Civil Veterinary Department Bihar & Orissa reports 1911-21 - 1911-1921
Year: 1911
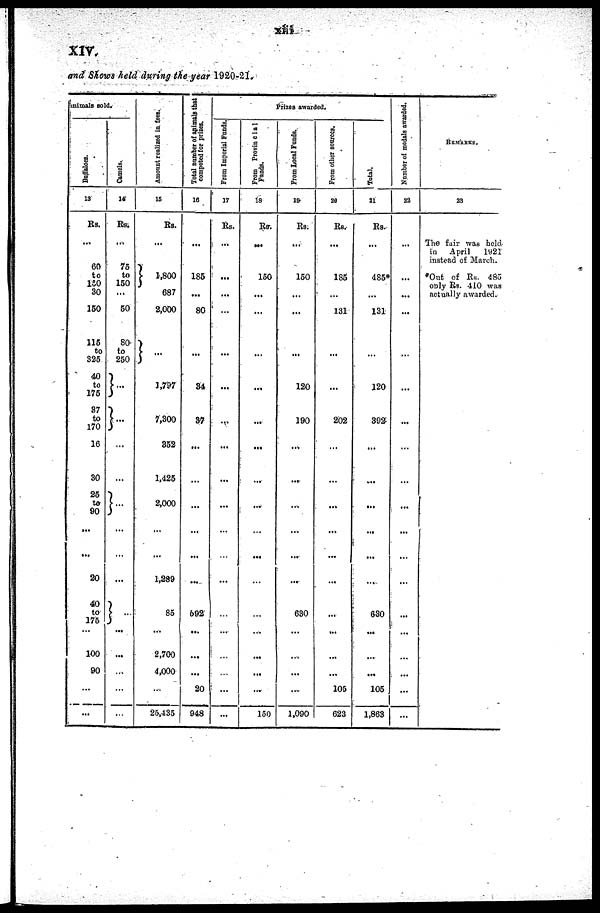
xiii
XIV.
and Shows held during the year 1920-21.
animals sold.
Buffaloes.
13
Rs.
...
60
to
150
30
150
116
to
325
40
to
175
87
to
170
16
30
25
to
90
...
...
20
40
to
176
100
90
...
...
Camels.
14
Rs.
...
75
to
150
...
50
80
to
250
...
...
...
...
...
...
...
...
...
...
...
...
...
...
Amount realized in fees.
15
Rs.
...
...
1,800
687
2,000
...
...
1,707
7,300
852
1,425
2,000
...
...
1,289
85
...
2,700
4,000
...
25,435
Total number of animals that
competed for prizes.
16
...
...
185
...
80
...
84
87
...
...
...
...
...
592
...
...
...
20
948
Prizes awarded.
Prom Imperial Funds.
17
Rs.
...
...
...
...
...
...
...
...
...
...
...
...
...
...
...
...
...
...
From Provincial
Funds.
18
Rs.
...
...
150
...
...
...
...
...
...
...
...
...
...
...
...
...
...
...
...
150
From Local Funds.
19
Rs.
...
...
150
...
...
...
120
190
...
...
...
...
...
...
630
...
...
...
...
1,090
From other sources.
20
Rs.
...
...
185
...
131
...
...
...
202
...
...
...
...
...
...
...
...
...
...
105
623
Total.
21
Rs.
...
...
485*
...
131
...
120
392
...
...
...
...
...
...
680
...
...
...
105
1,863
Number
of medals awarded.
23
...
...
...
...
...
...
...
...
...
...
...
...
...
...
...
...
...
...
...
...
Remarks.
23
The fair was held
in
April
1921
instead of March.
*Out of Rs. 483
only Rs. 410 was
actually awarded.